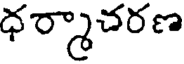
ధర్మాచరణ